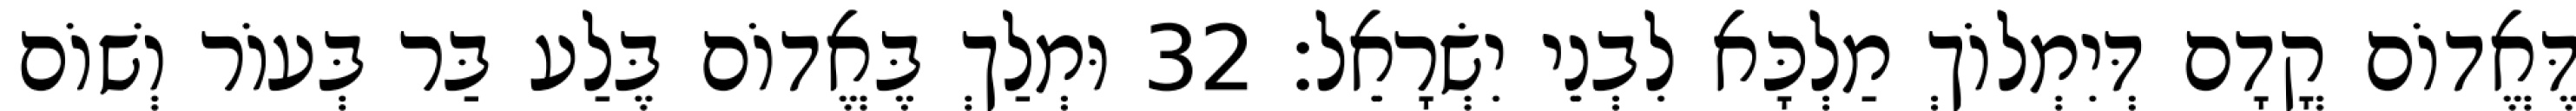
דֶּאֱדוֹם קֳדָם דְּיִמְלוֹךְ מַלְכָּא לִבְנֵי יִשְׂרָאֵל׃ 32 וּמְלַךְ בֶּאֱדוֹם בֶּלַע בַּר בְּעוֹר וְשׁוֹם